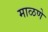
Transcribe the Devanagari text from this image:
माळणे